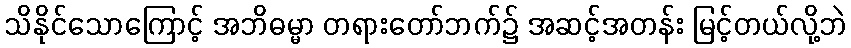
သိနိုင်သောကြောင့် အဘိဓမ္မာ တရားတော်ဘက်၌ အဆင့်အတန်း မြင့်တယ်လို့ဘဲ